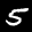
Label: 5